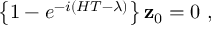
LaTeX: \left\{ 1 - e ^ { - i \left( H T - \lambda \right) } \right\} { \bf z } _ { 0 } = 0 \ ,